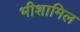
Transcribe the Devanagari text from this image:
भीशामिल